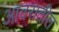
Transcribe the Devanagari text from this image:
आवरातील